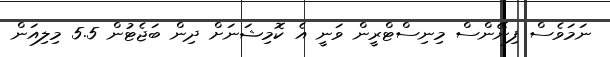
ނަމަވެސް ފިނޭންސް މިނިސްޓްރީން ވަނީ އެ ކޮމިޝަނަށް ދިން ބަޖެޓުން 5.5 މިލިއަން